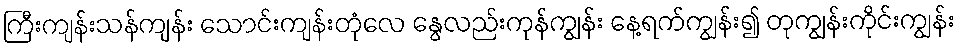
ကြီးကျန်းသန်ကျန်း သောင်းကျန်းတုံလေ နွေလည်းကုန်ကျွန်း နေ့ရက်ကျွန်း၍ တုကျွန်းကိုင်းကျွန်း